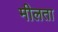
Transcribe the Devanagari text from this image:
मीलता